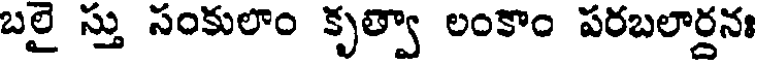
బలై స్తు సంకులాం కృత్వా లంకాం పరబలార్దనః